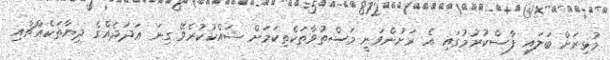
މުޅިރަށް ބަލައި ފާސްކުރުމުގައި އެ ރަށުންވަނީ މަސްތުވާތަކެތިކަމަށް ޝައްކުކުރެވޭ ގިނަ ޢަދަދެއްގެ ދިޔާތަކެއްޗާއި